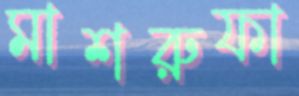
মাশরুফা